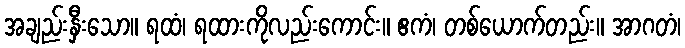
အချည်းနှီးသော။ ရထံ၊ ရထားကိုလည်းကောင်း။ ဧကံ၊ တစ်ယောက်တည်း။ အာဂတံ၊